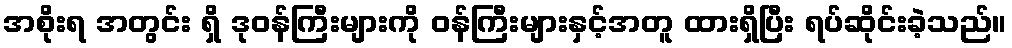
အစိုးရ အတွင်း ရှိ ဒုဝန်ကြီးများကို ဝန်ကြီးများနှင့်အတူ ထားရှိပြီး ရပ်ဆိုင်းခဲ့သည်။